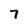
Character: 7